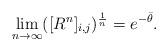
LaTeX: \begin{align*}\lim_{n\to\infty} ([R^n]_{i,j})^{\frac{1}{n}}=e^{-\bar{\theta}}. \end{align*}